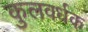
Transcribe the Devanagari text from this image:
कुलवर्धक